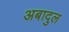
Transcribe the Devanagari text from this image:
अबादुल